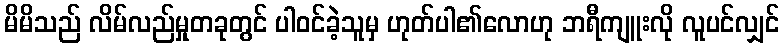
မိမိသည် လိမ်လည်မှုတခုတွင် ပါဝင်ခဲ့သူမှ ဟုတ်ပါ၏လောဟု ဘရီကျူးလို လူပင်လျှင်